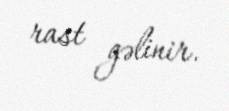
rast gəlinir.